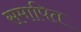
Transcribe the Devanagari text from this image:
समापित